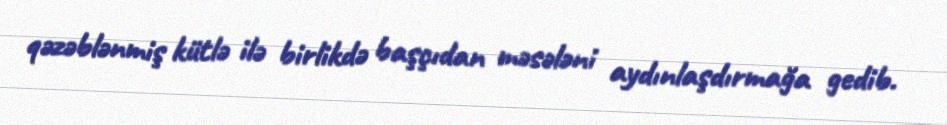
qəzəblənmiş kütlə ilə birlikdə başçıdan məsələni aydınlaşdırmağa gedib.